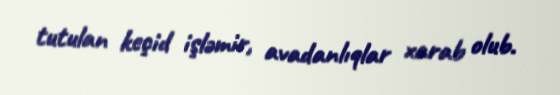
tutulan keçid işləmir, avadanlıqlar xarab olub.